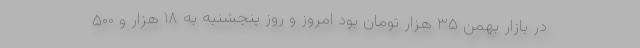
در بازار بهمن ۳۵ هزار تومان بود امروز و روز پنجشنبه به ۱۸ هزار و ۵۰۰